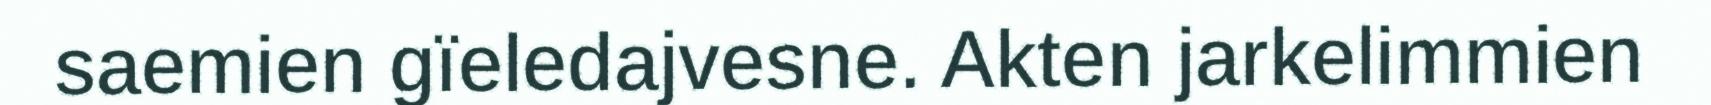
saemien gïeledajvesne. Akten jarkelimmien